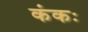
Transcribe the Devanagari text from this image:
कंकः